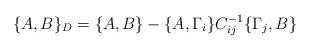
\begin{align*}\{A, B\}_{D}= \{A, B\} - \{A, \Gamma _{i}\}C^{-1}_{ij}\{\Gamma _{j},B\}\end{align*}